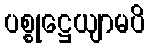
ပစ္စုဋ္ဌေယျာမပိ